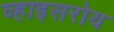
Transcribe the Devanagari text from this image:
व्हाइसरोय